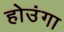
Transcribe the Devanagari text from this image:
होउंगा